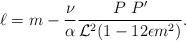
LaTeX: \begin{align*}\ell = m - \frac{\nu}{\alpha} \frac{P~ P'}{{\cal L}^2 ( 1 -12 \epsilon m^2)}.\end{align*}